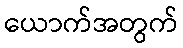
ယောက်အတွက်